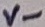
Text: V-